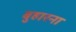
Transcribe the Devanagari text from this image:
बुहारना